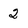
Character: 2